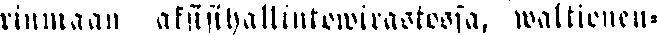
rinmaan aksisihallintowirastossa, waltioneu-